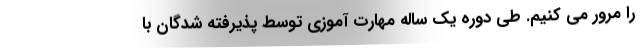
را مرور می کنیم. طی دوره یک ساله مهارت آموزی توسط پذیرفته شدگان با